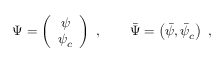
\Psi = \left( \begin{array} { c } { { \psi } } \\ { { \psi _ { c } } } \end{array} \right) \ , \qquad { \bar { \Psi } } = \left( { \bar { \psi } } , { \bar { \psi } } _ { c } \right) \ ,